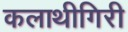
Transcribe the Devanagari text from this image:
कलाथीगिरी